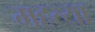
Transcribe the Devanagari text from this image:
महत्या